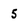
Character: 5